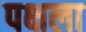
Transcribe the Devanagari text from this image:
पक्षला